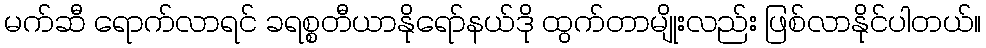
မက်ဆီ ရောက်လာရင် ခရစ္စတီယာနိုရော်နယ်ဒို ထွက်တာမျိုးလည်း ဖြစ်လာနိုင်ပါတယ်။